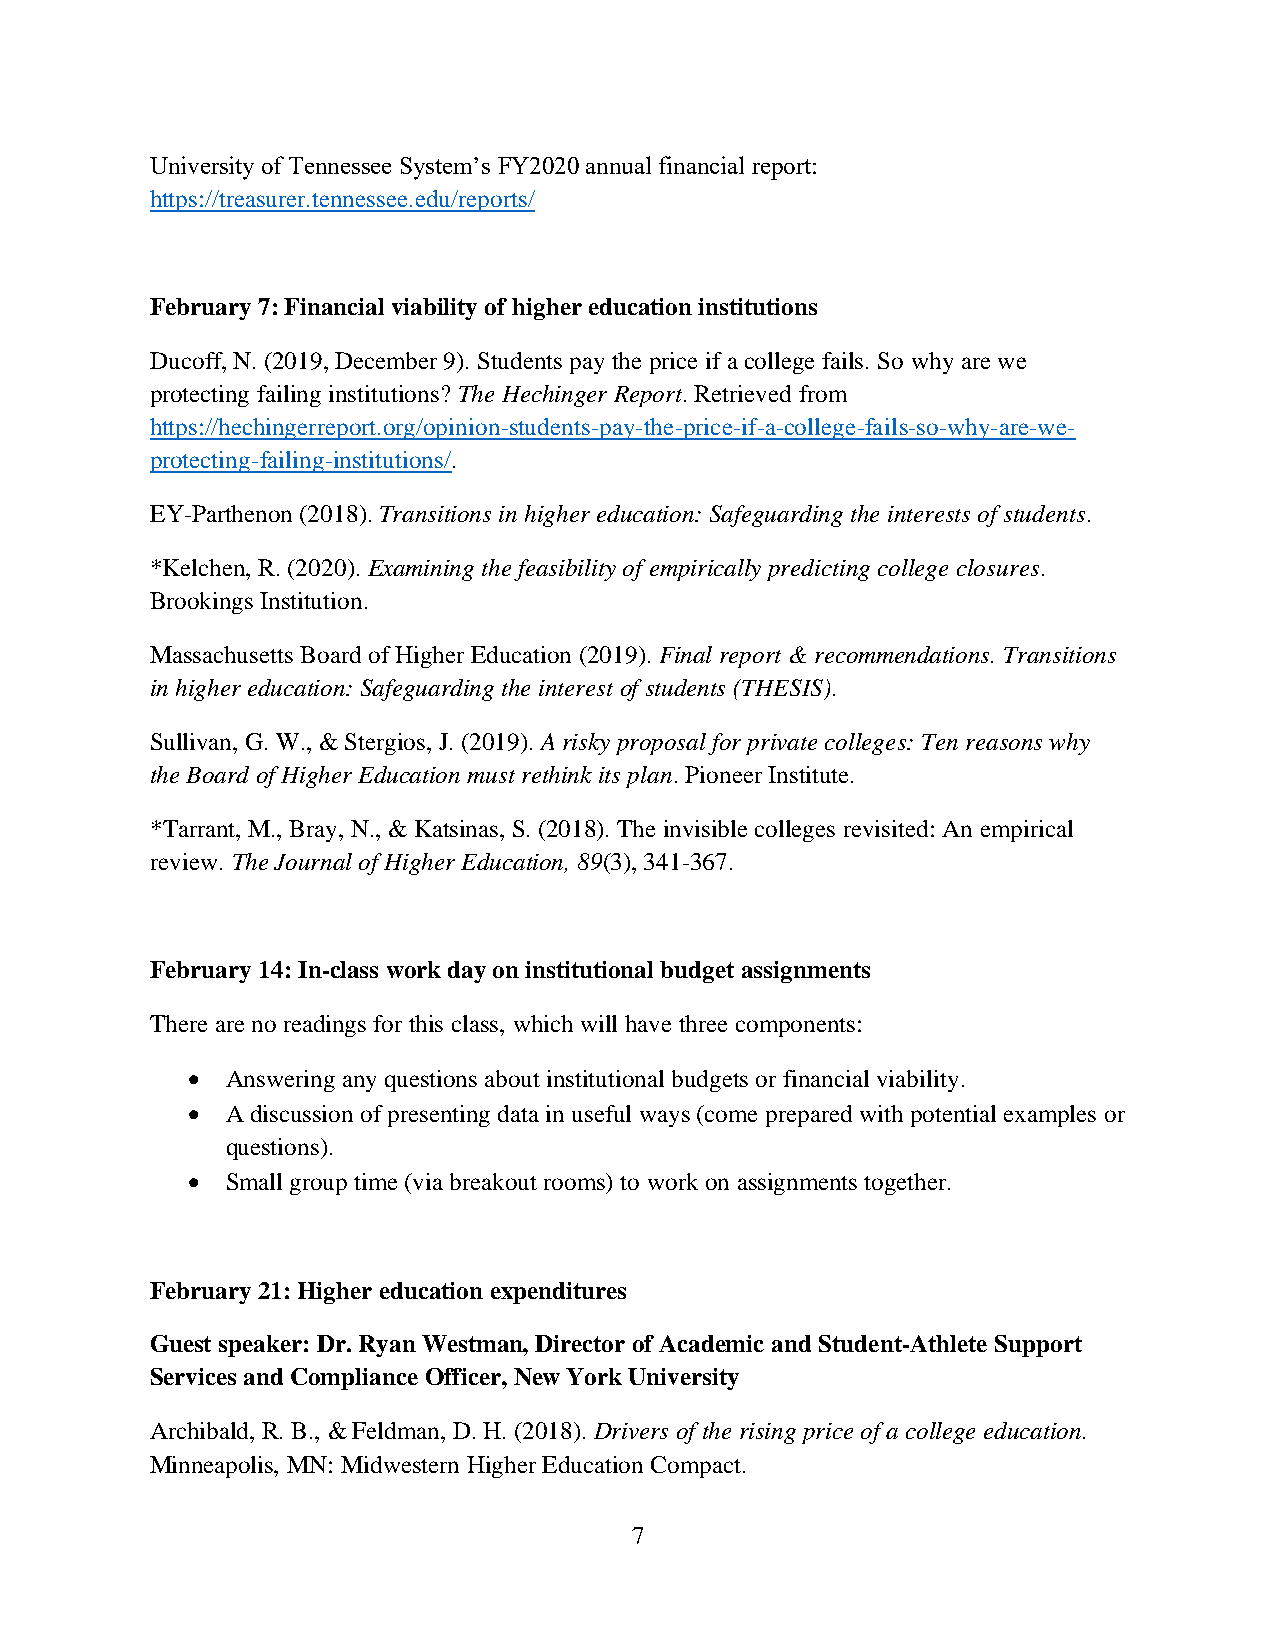
University of Tennessee System’s FY2020 annual financial report:
 https://treasurer.tennessee.edu/reports/
 February 7: Financial viability of higher education institutions
 Ducoff, N. (2019, December 9). Students pay the price if a college fails. So why are we
 protecting failing institutions? The Hechinger Report. Retrieved from
 https://hechingerreport.org/opinion-students-pay-the-price-if-a-college-fails-so-why-are-we-
 protecting-failing-institutions/.
 EY-Parthenon (2018). Transitions in higher education: Safeguarding the interests of students.
 *Kelchen, R. (2020). Examining the feasibility of empirically predicting college closures.
 Brookings Institution.
 Massachusetts Board of Higher Education (2019). Final report & recommendations. Transitions
 in higher education: Safeguarding the interest of students (THESIS).
 Sullivan, G. W., & Stergios, J. (2019). A risky proposal for private colleges: Ten reasons why
 the Board of Higher Education must rethink its plan. Pioneer Institute.
 *Tarrant, M., Bray, N., & Katsinas, S. (2018). The invisible colleges revisited: An empirical
 review. The Journal of Higher Education, 89(3), 341-367.
 February 14: In-class work day on institutional budget assignments
 There are no readings for this class, which will have three components:
 •  Answering any questions about institutional budgets or financial viability.
 •  A discussion of presenting data in useful ways (come prepared with potential examples or
 questions).
 •  Small group time (via breakout rooms) to work on assignments together.
 February 21: Higher education expenditures
 Guest speaker: Dr. Ryan Westman, Director of Academic and Student-Athlete Support
 Services and Compliance Officer, New York University
 Archibald, R. B., & Feldman, D. H. (2018). Drivers of the rising price of a college education.
 Minneapolis, MN: Midwestern Higher Education Compact.
 7